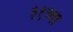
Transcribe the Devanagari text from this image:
३१च्या